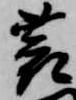
蓑